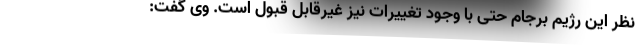
نظر این رژیم برجام حتی با وجود تغییرات نیز غیرقابل قبول است. وی گفت: